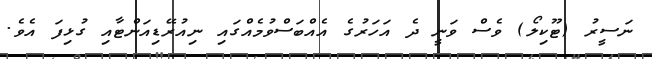
ނަސީރު (ޓޫކިލޯ) ވެސް ވަނީ ދެ އަހަރުގެ އެއްބަސްވުމެއްގައި ނިއުރޭޑިއަންޓާއި ގުޅިފަ އެވެ.